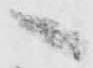
へ